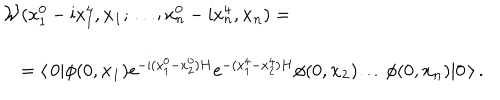
\begin{array} { l } { { { \cal W } ( x _ { 1 } ^ { 0 } - \mathrm { i } x _ { 1 } ^ { 4 } , { \bf x _ { 1 } } ; \dots ; x _ { n } ^ { 0 } - \mathrm { i } x _ { n } ^ { 4 } , { \bf x _ { n } } ) = } } \\ { { \quad = \langle \, 0 | \phi ( 0 , { \bf x _ { 1 } } ) \mathrm { e } ^ { - \mathrm { i } ( x _ { 1 } ^ { 0 } - x _ { 2 } ^ { 0 } ) H } \mathrm { e } ^ { - ( x _ { 1 } ^ { 4 } - x _ { 2 } ^ { 4 } ) H } \phi ( 0 , { \bf x _ { 2 } } ) \dots \phi ( 0 , { \bf x _ { n } } ) | 0 \, \rangle \, . } } \\ \end{array}